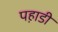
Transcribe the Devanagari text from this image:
पह़ाडी